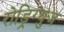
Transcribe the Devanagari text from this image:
रोड्रिग्युज